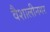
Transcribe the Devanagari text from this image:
वैशालीनगर